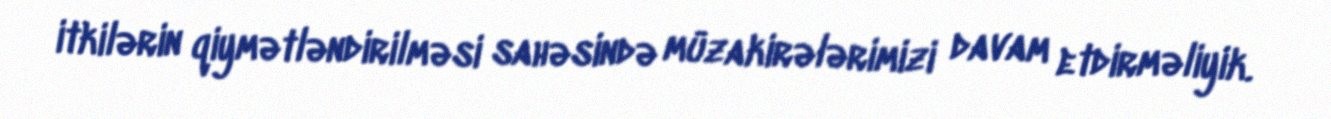
itkilərin qiymətləndirilməsi sahəsində müzakirələrimizi davam etdirməliyik.